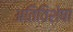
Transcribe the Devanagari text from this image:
अतिविशेषा